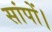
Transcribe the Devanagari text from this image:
सांपों।